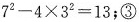
$$7^{2}-4 \times 3^{2}=13$$;③